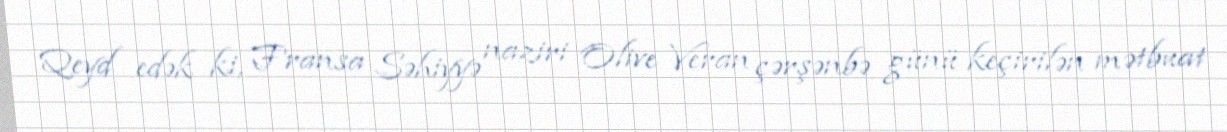
Qeyd edək ki, Fransa Səhiyyə naziri Olive Veran çərşənbə günü keçirilən mətbuat